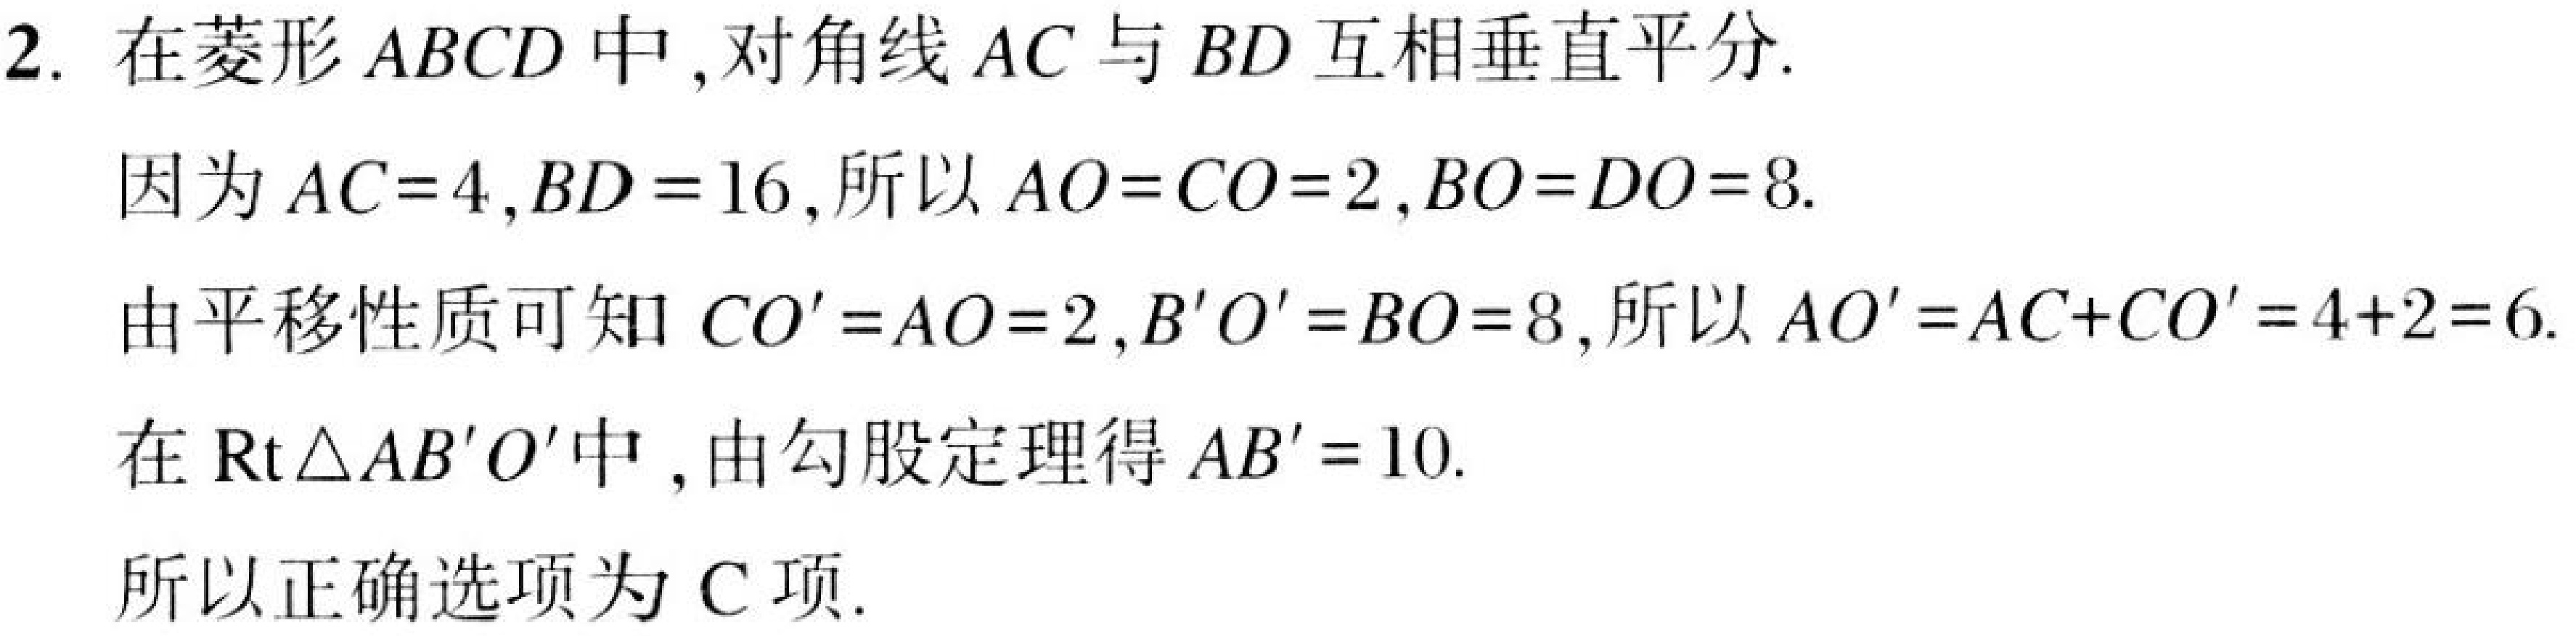
2. 在菱形\(ABCD\)中,对角线\(AC\)与\(BD\)互相垂直平分.
因为\(AC = 4\),\(BD = 16\),所以\(AO = CO = 2\),\(BO = DO = 8\).
由平移性质可知\(CO' = AO = 2\),\(B'O' = BO = 8\),所以\(AO' = AC + CO' = 4 + 2 = 6\).
在\(\text{Rt}\triangle AB'O'\)中,由勾股定理得\(AB' = 10\).
所以正确选项为\(C\)项.